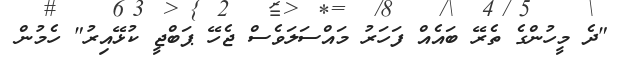
"ދެ މީހުންގެ ތެރޭ ބައެއް ފަހަރު މައްސަލަވެސް ޖެހޭ ޕަބްޖީ ކުޅޭއިރު" ހެމުން